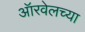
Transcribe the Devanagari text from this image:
ऑरवेलच्या